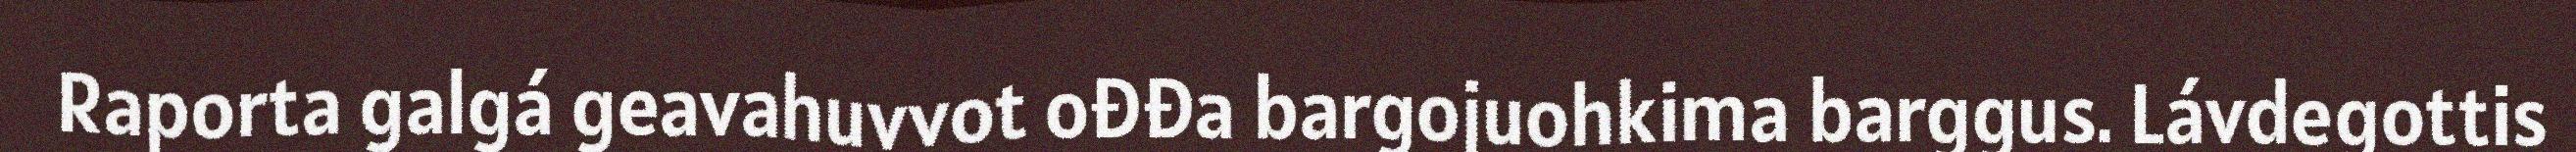
Raporta galgá geavahuvvot ođđa bargojuohkima barggus. Lávdegottis